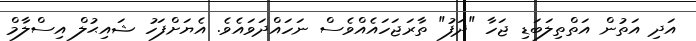
އަދި އަތުން އަތްތިލަބަޑި ޖަހާ "ދަފު" ތާރަޖަހައެއްވެސް ނަހައްދަވައެވެ. އެޔަށްފަހު ޝައިޙުލް އިސްލާމް